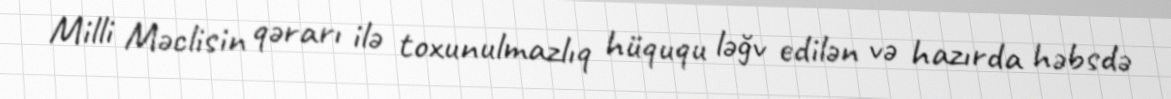
Milli Məclisin qərarı ilə toxunulmazlıq hüququ ləğv edilən və hazırda həbsdə